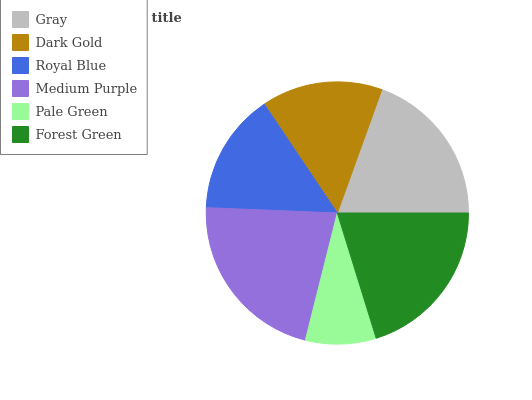
| Gray | Dark Gold | Royal Blue | Medium Purple | Pale Green | Forest Green |
 | --- | --- | --- | --- | --- | --- |
 | 19.4% | 14.9% | 14.9% | 21.8% | 8.71% | 20.2% |